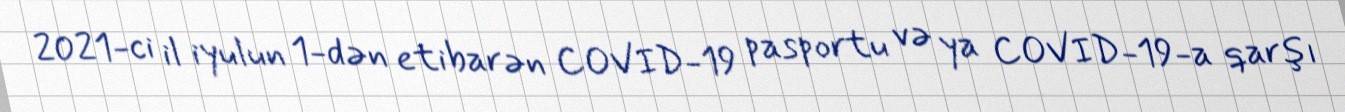
2021-ci il iyulun 1-dən etibarən COVID-19 pasportu və ya COVID-19-a qarşı